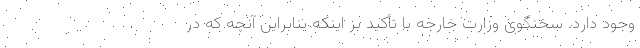
وجود دارد. سخنگوی وزارت خارجه با تأکید بر اینکه بنابراین آنچه که در